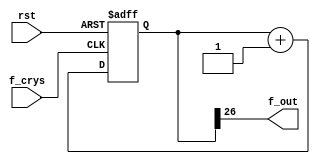
`timescale 1ns / 1ps
//////////////////////////////////////////////////////////////////////////////////
// Company: 
// Engineer: 
// 
// Design Name: 
// Module Name: lab3_1
// Project Name: 
// Target Devices: 
// Tool Versions: 
// Description: 
// 
// Dependencies: 
// 
// Revision:
// Revision 0.01 - File Created
// Additional Comments:
// 
//////////////////////////////////////////////////////////////////////////////////



module f_divider(f_out, f_crys,rst);
output f_out;
input f_crys,rst;
reg [26:0]tmp;

always@(posedge  f_crys or posedge rst)
    if(rst) 
        tmp<=0;
    else 
        tmp<= tmp+1;

assign f_out = tmp[26];

endmodule